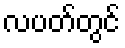
လပတ်တွင်